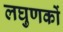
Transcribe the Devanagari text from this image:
लघुणकों